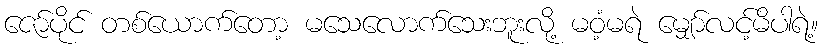
ဇော်ပိုင် တစ်ယောက်တော့ မသေလောက်သေးဘူးလို့ မဝံ့မရဲ မျှော်လင့်မိပါရဲ့။